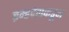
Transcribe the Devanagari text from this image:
ब्रम्हदेवाकडून